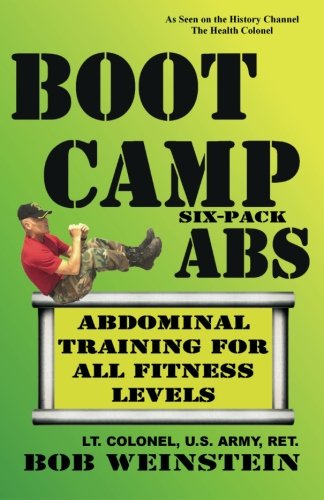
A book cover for Boot Camp Six-Pack Abs: Abdominal Training for All Fitness Levels; Bob Weinstein; Health, Fitness & Dieting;